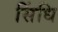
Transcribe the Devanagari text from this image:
सिंधि